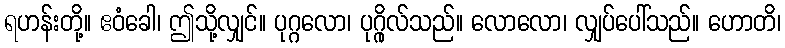
ရဟန်းတို့။ ဧဝံခေါ၊ ဤသို့လျှင်။ ပုဂ္ဂလော၊ ပုဂ္ဂိုလ်သည်။ လောလော၊ လျှပ်ပေါ်သည်။ ဟောတိ၊